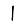
Digit: 1